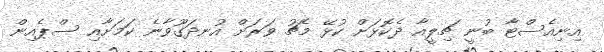
އިނިއެސްޓާ ބުނީ ޗިލީއާ ދެކޮޅަށް ކުޅޭ މެޗު ވަރަށް އުނދަގޫވާނެ ކަމަށާއި ސްޕެއިން